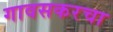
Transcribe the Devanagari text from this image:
गावसकरचा